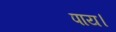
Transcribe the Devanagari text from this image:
पाय।